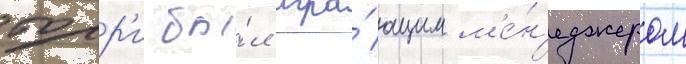
торр'и бы́л игра́ющим м'е́н'еджером